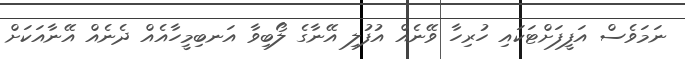
ނަމަވެސް އަފީފަށްޓަކައި ހުރިހާ ވޭނެއް އުފުލި އޭނާގެ ލޯބިވާ އަނބިމީހާއެއް ދެނެއް އޭނާއަކަށް